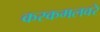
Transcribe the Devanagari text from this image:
करकमलवरे